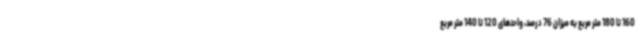
160 تا 180 متر مربع به میزان 76 درصد، واحدهای 120 تا 140 متر مربع